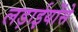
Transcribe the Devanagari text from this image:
लड़ाईयोंसे